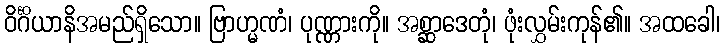
ဝိင်္ဂိယာနိအမည်ရှိသော။ ဗြာဟ္မဏံ၊ ပုဏ္ဏားကို။ အစ္ဆာဒေတုံ၊ ဖုံးလွှမ်းကုန်၏။ အထခေါ၊